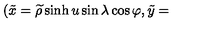
( \tilde { x } = \widetilde { \rho } \sinh u \sin \lambda \cos \varphi , \tilde { y } =